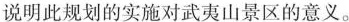
说明此规划的实施对武夷山景区的意义。